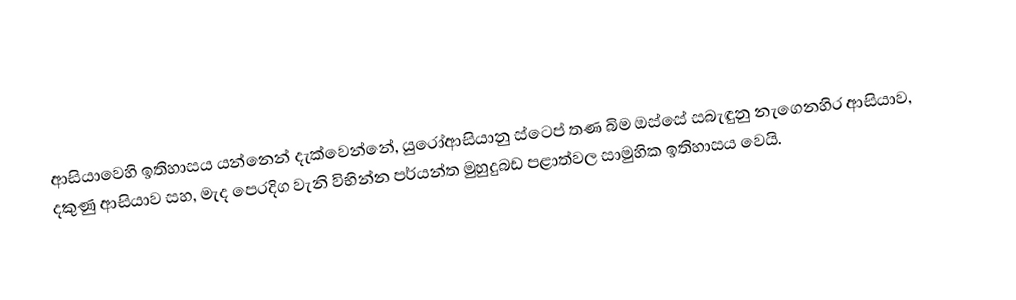
ආසියාවෙහි ඉතිහාසය යන්නෙන් දැක්වෙන්නේ,   යුරෝආසියානු  ස්ටෙප් තණ බිම ඔස්සේ සබැඳුනු නැගෙනහිර ආසියාව, දකුණු ආසියාව සහ, මැද පෙරදිග වැනි  විභින්න පර්යන්ත මුහුදුබඩ පළාත්වල සාමුහික ඉතිහාසය වෙයි.